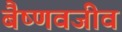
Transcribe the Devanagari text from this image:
बैष्णवजीव